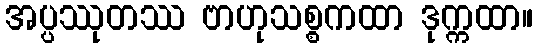
အပ္ပဿုတဿ ဗာဟုသစ္စကထာ ဒုက္ကထာ။